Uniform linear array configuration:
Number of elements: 24
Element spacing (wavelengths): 1
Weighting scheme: blackman
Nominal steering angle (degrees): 0
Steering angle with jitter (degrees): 0.3283
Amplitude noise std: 0.05
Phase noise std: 0.05

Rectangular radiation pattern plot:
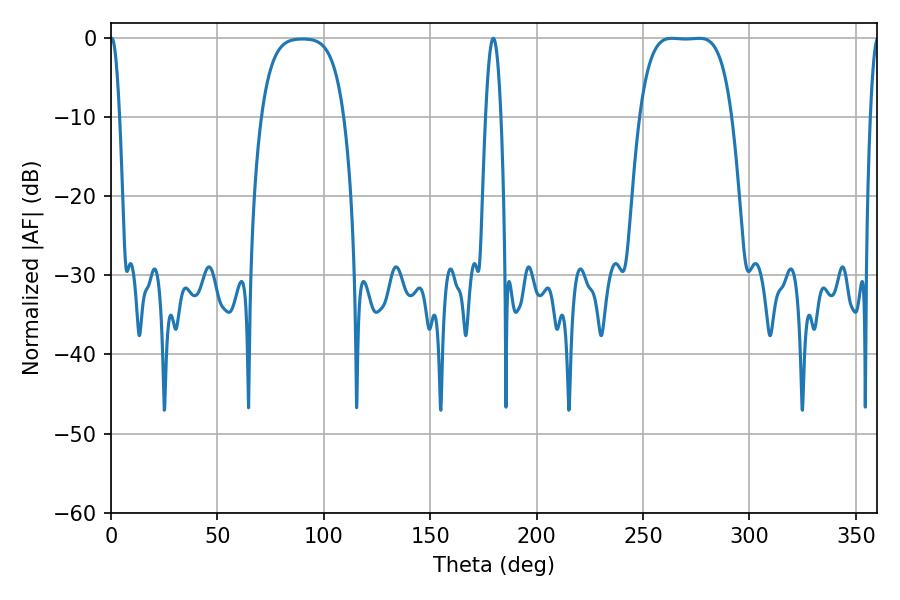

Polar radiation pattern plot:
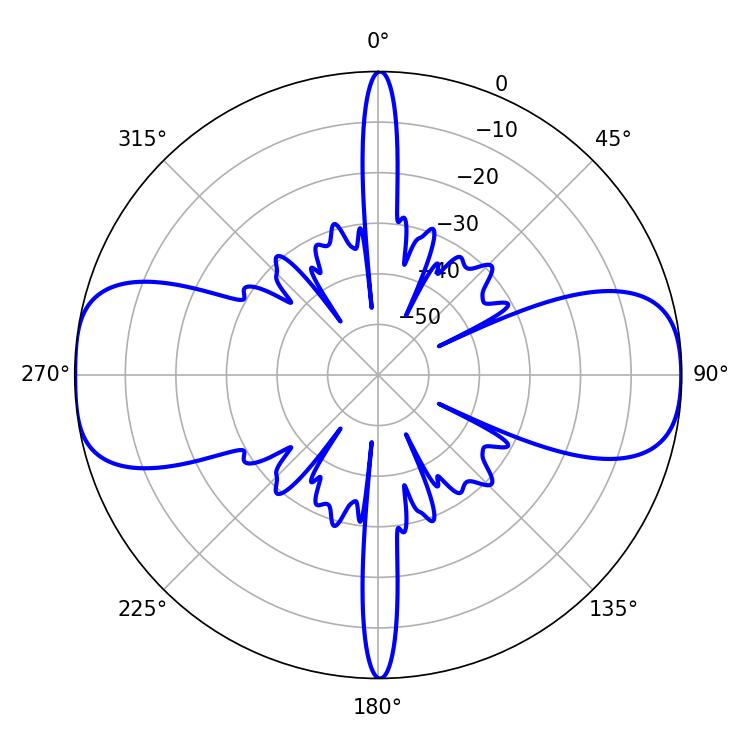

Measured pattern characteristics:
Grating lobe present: TRUE
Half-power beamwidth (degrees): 2.34
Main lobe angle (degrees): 0.36